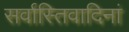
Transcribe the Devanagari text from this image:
सर्वास्तिवादिनां